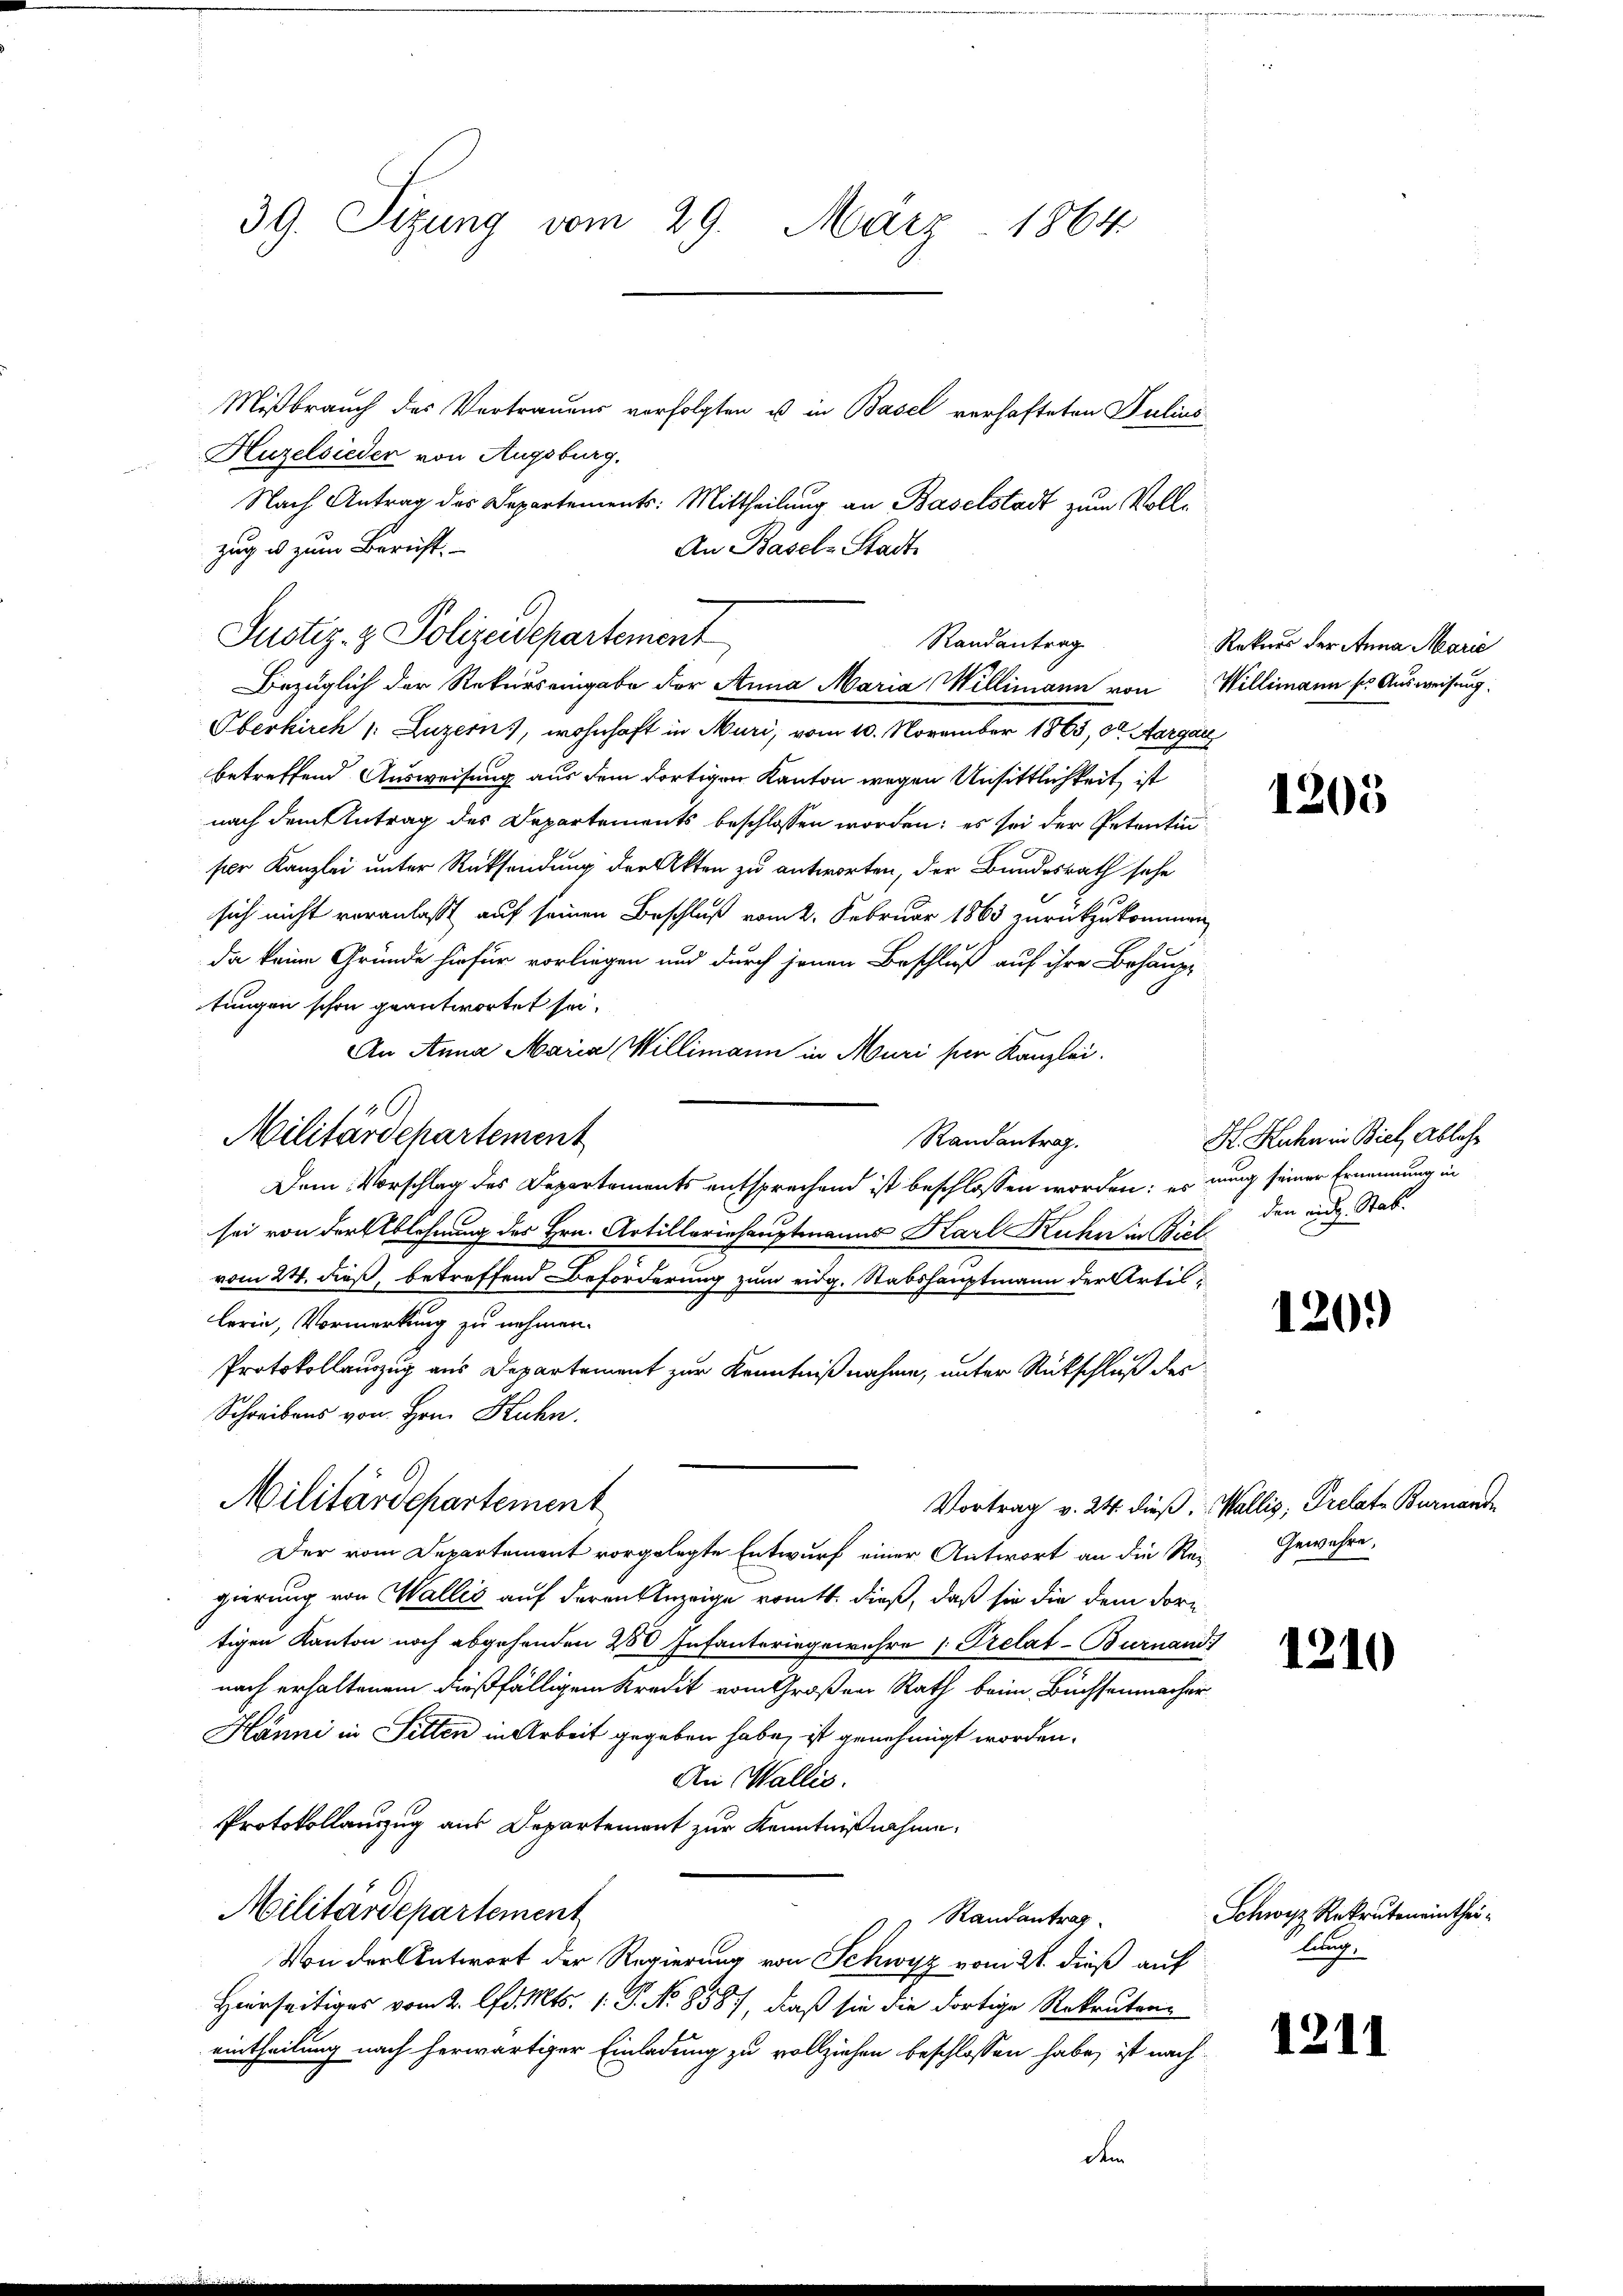
39. Sizung vom 29. März 1864

Mißbrauch des Vertrauens verfolgten u in Basel verhafteten Julius
Huzelsieder von Augsburg.
Nach Antrag des Departements: Mittheilung an Baselstadt zum Volle
betreffend Ausweisung aus dem dortigen Kanton wegen Unsittlichkeit ist
nach dem Antrag des Departements beschlossen worden; es sei der Petentin
seer Kanzlei unter Rücksendung der Akten zu antworten, der Bundesrath sehe
sich nicht veranlaßt auf seinen Beschluß vom 2. Februar 1863 zurückzukommen
da keine Gründe hiefür vorliegen und durch jenen Beschluß auf ihre Behaupt-
tungen schon geantwortet sei.
An Anna Maria Willimann in Muri ser Kanzlei.
Randantrag.
Dem Vorschlag des Departements entsprechend ist beschlossen worden; es wenig seiner Ernennung in
sei von der Ablehnung des Hrn. Artilleriehauptmanns Karl Ruhn in Biet
vom 24. dieß, betreffend Beforderung zum eidg. Stabshauptmann der Artislerin, Vormerkung zu nehmen.
Protokollanzzug aus Departement zur Kenntnißnahme, unter Rückschluß des
Schreibens von Hrn. Kuhn
Militärdepartement
Vortrag v. 24. dieß. Wallis, Prelate Burnande
Der vom Departement vorgelegte Entwurf einer Antwort an die Re-Gewähre,
gierung von Wallis auf deren Anzeige romtt. dieß, daß sie die dem dortigen Kanton noch abgehenden 280 Infanteringewehre 1. Prelat-Burnand
nach erhaltenem dießfälligem Kredit vom Großen Rath beim Büchsenmacher
Hänni in Sitten in Arbeit gegeben habe, ist genehmigt worden.
An Wallis.
Protokollauszug aus Departement zur Kenntnißnahme,
Militärdepartement
Randantrag
Von der Antwort der Regierung von Schwyz vom 21. dieß auf
Hierseitiges vom 2. d. Mts. 1. P. No 8587, daß sie die dortige Rekruteneintheilung nach herwärtiger Einladung zu vollziehen beschlossen habe, ist nach-

zug u. zum Bericht.
An Basel Stadt
Justiz- & Polizeidepartement
Randantrag
Bezüglich der Rekurs eingabe der Anna Maria Millimann von Willimann so Ausweisung.
Oberkirch /: Luzern), wohnhaft in Muri, vom 10. November 1863, 3ten Aargar

Militärdepartement

Rekurs der Anna Marie

1205

H. Hahn in Biel Ableh
den eidg. Stab.

120.

1210

Schwyz Rekruteneintheilung

1211